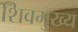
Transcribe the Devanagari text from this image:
शिवमुख्य